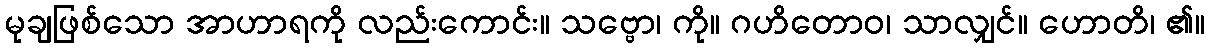
မုချဖြစ်သော အာဟာရကို လည်းကောင်း။ သဗ္ဗော၊ ကို။ ဂဟိတောဝ၊ သာလျှင်။ ဟောတိ၊ ၏။